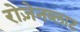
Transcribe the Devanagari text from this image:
रोज़ेनब्लाट